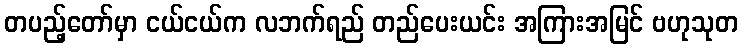
တပည့်တော်မှာ ငယ်ငယ်က လဘက်ရည် တည်ပေးယင်း အကြားအမြင် ဗဟုသုတ